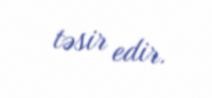
təsir edir.